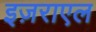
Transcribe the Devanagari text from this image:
इज़राएल